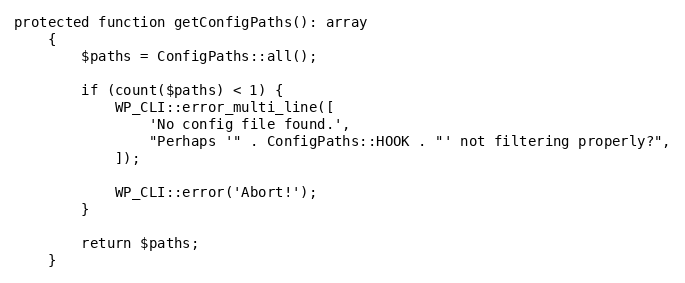
Language: PHP
protected function getConfigPaths(): array
    {
        $paths = ConfigPaths::all();

        if (count($paths) < 1) {
            WP_CLI::error_multi_line([
                'No config file found.',
                "Perhaps '" . ConfigPaths::HOOK . "' not filtering properly?",
            ]);

            WP_CLI::error('Abort!');
        }

        return $paths;
    }